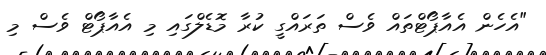
"އެހެން އެއާޕޯޓްތައް ވެސް ތަރައްގީ ކުރާ މޮޑެލްގައި މި އެއާޕޯޓް ވެސް މި